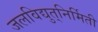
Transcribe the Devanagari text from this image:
जलविद्युत्‌निर्मिती